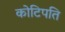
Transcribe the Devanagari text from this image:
कोटिपति